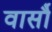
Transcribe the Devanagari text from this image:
वार्सौ